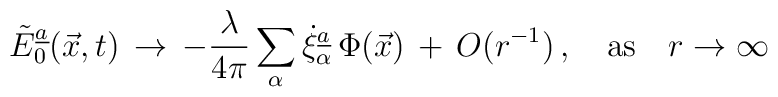
\tilde E_0\sp{\underline{a}}(\vec x,t)\,\rightarrow \,-{\lambda\over 4\pi}\sum_{\alpha}\dot \xi_{\alpha}\sp{\underline{a}}\,\Phi(\vec x)\,+\,O(r\sp{-1})\, , \quad \mbox{as}\quad r\rightarrow \infty\